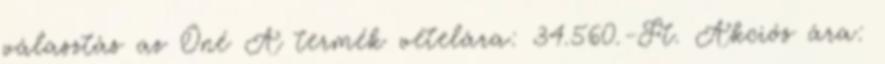
választás az Öné A termék vételára: 34.560.-Ft. Akciós ára: